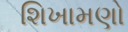
શિખામણો